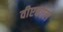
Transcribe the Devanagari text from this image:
वीएचएल